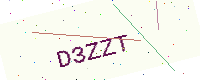
Text: D3ZZT